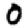
Digit: 0